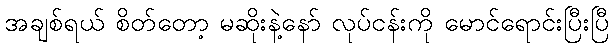
အချစ်ရယ် စိတ်တော့ မဆိုးနဲ့နော် လုပ်ငန်းကို မောင်ရောင်းပြီးပြီ